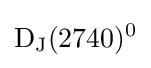
{\rm {D_{J}(2740)^{0}}}